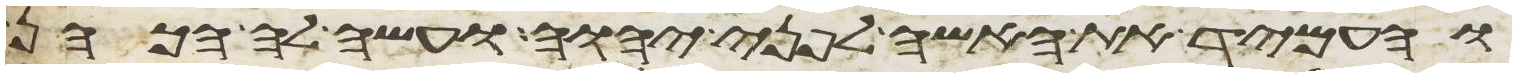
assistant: והעמיד את האשה לפני יהוה ועשה לה הכהן